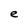
Character: e